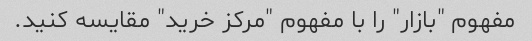
مفهوم "بازار" را با مفهوم "مرکز خرید" مقایسه کنید.